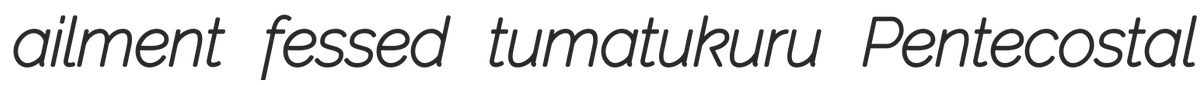
ailment fessed tumatukuru Pentecostal